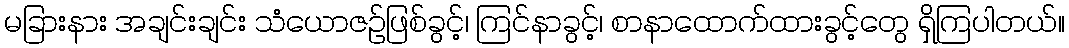
မခြားနား အချင်းချင်း သံယောဇဉ်ဖြစ်ခွင့်၊ ကြင်နာခွင့်၊ စာနာထောက်ထားခွင့်တွေ ရှိကြပါတယ်။